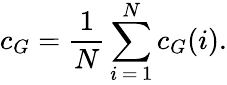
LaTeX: c_{G}=\frac{1}{N}\sum_{i\, =\, 1}^{N}c_{G}(i).